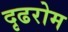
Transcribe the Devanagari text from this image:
दृढरोम